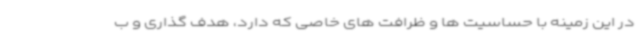
در این زمینه با حساسیت ها و ظرافت های خاصی که دارد، هدف گذاری و ب